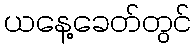
ယနေ့ခေတ်တွင်